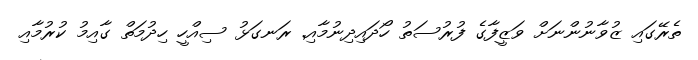
ތެރޭގައި ޒުވާނުންނަށް ވަޒީފާގެ ފުރުސަތު ހޯދައިދިނުމާއި